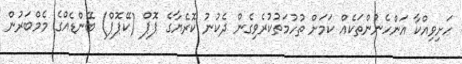
ހަށިވިއްކާ އަންހެނުންތަކެއް ކަމަށް ތުހުމަތުކުރެވިގެން ދެކުނު ކޮރެޔާގެ ޕޮޕް (ކޭޕޮޕް) ބޭންޑެއްގެ މެމްބަރުން